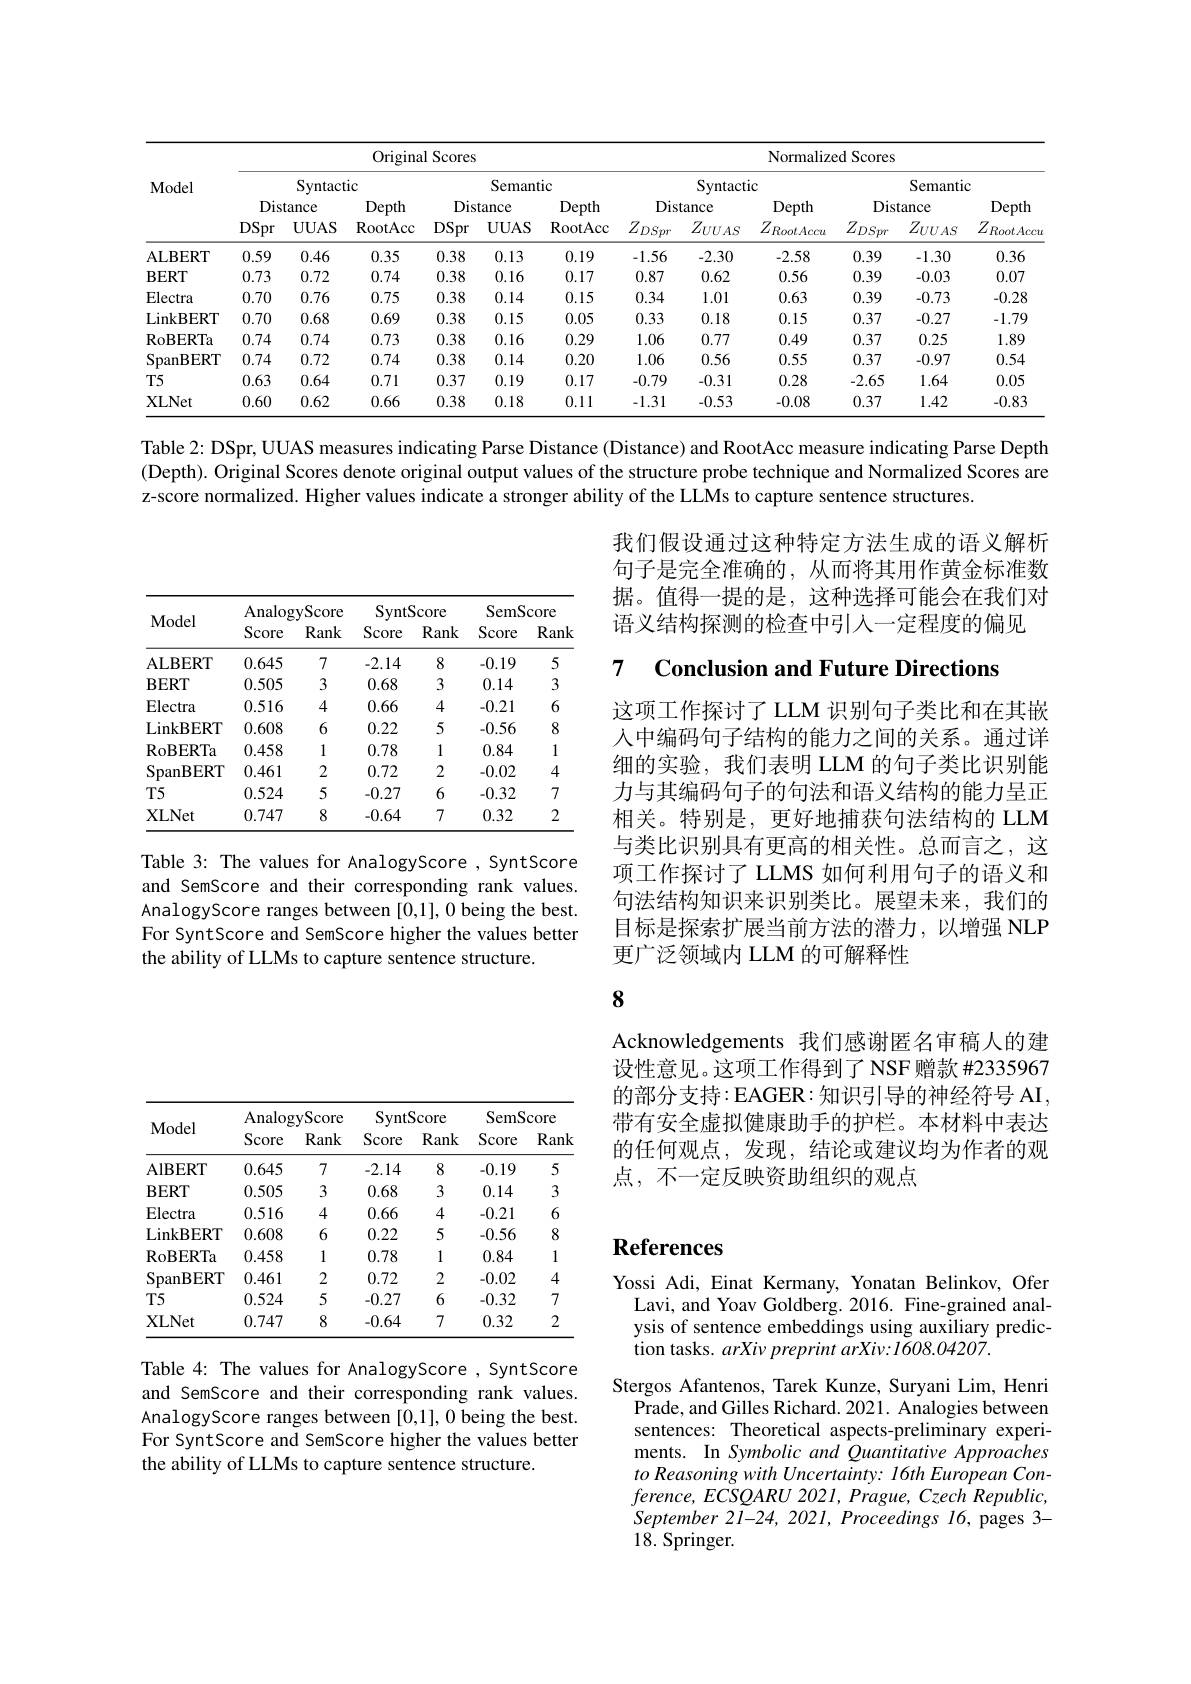
<table>
	<tbody>
		<tr>
			<th rowspan="4">Model</th>
			<th colspan="6">Original Scores</th>
			<th colspan="6">Normalized Scores</th>
		</tr>
		<tr>
			<th colspan="3">Syntactic</th>
			<th colspan="3">Semantic</th>
			<th> </th>
			<th>Syntacti</th>
			<th>ic</th>
			<th colspan="3">Semantic</th>
		</tr>
		<tr>
			<th colspan="2">Distance</th>
			<th>Depth</th>
			<th>Dis</th>
			<th>tance</th>
			<th rowspan="2">Depth RootAcc</th>
			<th>Dis</th>
			<th>tance</th>
			<th>Depth</th>
			<th colspan="2">Distance</th>
			<th rowspan="2">Depth $Z_{RootAccu}$</th>
		</tr>
		<tr>
			<th>DSpr</th>
			<th>$\mathbf{UUAS}$</th>
			<th>RootAcc</th>
			<th>DSpr</th>
			<th>$\mathbf{UUAS}$</th>
			<th>$Z_{DSpr}$</th>
			<th>$Z_{UUAS}$</th>
			<th>$Z_{RootAccu}$</th>
			<th>$Z_{DSpr}$</th>
			<th>$Z_{UUAS}$</th>
		</tr>
		<tr>
			<td>ALBERT</td>
			<td>0.59</td>
			<td>0.46</td>
			<td>0.35</td>
			<td>0.38</td>
			<td>0.13</td>
			<td>0.19</td>
			<td>-1.56</td>
			<td>-2.30</td>
			<td>-2.58</td>
			<td>0.39</td>
			<td>-1.30</td>
			<td>0.36</td>
		</tr>
		<tr>
			<td>$\mathbf{BERT}$</td>
			<td>0.73</td>
			<td>0.72</td>
			<td>0.74</td>
			<td>0.38</td>
			<td>0.16</td>
			<td>0.17</td>
			<td>0.87</td>
			<td>0.62</td>
			<td>0.56</td>
			<td>0.39</td>
			<td>-0.03</td>
			<td>0.07</td>
		</tr>
		<tr>
			<td>Electra</td>
			<td>0.70</td>
			<td>0.76</td>
			<td>0.75</td>
			<td>0.38</td>
			<td>0.14</td>
			<td>0.15</td>
			<td>0.34</td>
			<td>1.01</td>
			<td>0.63</td>
			<td>0.39</td>
			<td>-0.73</td>
			<td>-0.28</td>
		</tr>
		<tr>
			<td>LinkBERT</td>
			<td>0.70</td>
			<td>0.68</td>
			<td>0.69</td>
			<td>0.38</td>
			<td>0.15</td>
			<td>0.05</td>
			<td>0.33</td>
			<td>0.18</td>
			<td>0.15</td>
			<td>0.37</td>
			<td>-0.27</td>
			<td>-1.79</td>
		</tr>
		<tr>
			<td>RoBERTa</td>
			<td>0.74</td>
			<td>0.74</td>
			<td>0.73</td>
			<td>0.38</td>
			<td>0.16</td>
			<td>0.29</td>
			<td>1.06</td>
			<td>0.77</td>
			<td>0.49</td>
			<td>0.37</td>
			<td>0.25</td>
			<td>1.89</td>
		</tr>
		<tr>
			<td>SpanBERT</td>
			<td>0.74</td>
			<td>0.72</td>
			<td>0.74</td>
			<td>0.38</td>
			<td>0.14</td>
			<td>0.20</td>
			<td>1.06</td>
			<td>0.56</td>
			<td>0.55</td>
			<td>0.37</td>
			<td>-0.97</td>
			<td>0.54</td>
		</tr>
		<tr>
			<td>$T5$</td>
			<td>0.63</td>
			<td>0.64</td>
			<td>0.71</td>
			<td>0.37</td>
			<td>0.19</td>
			<td>0.17</td>
			<td>-0.79</td>
			<td>-0.31</td>
			<td>0.28</td>
			<td>-2.65</td>
			<td>1.64</td>
			<td>0.05</td>
		</tr>
		<tr>
			<td>XLNet</td>
			<td>0.60</td>
			<td>0.62</td>
			<td>0.66</td>
			<td>0.38</td>
			<td>0.18</td>
			<td>0.11</td>
			<td>-1.31</td>
			<td>-0.53</td>
			<td>-0.08</td>
			<td>0.37</td>
			<td>1.42</td>
			<td>-0.83</td>
		</tr>
	</tbody>
</table>

Table 2: DSpr, UUAS measures indicating Parse Distance (Distance) and RootAcc measure indicating Parse Depth (Depth). Original Scores denote original output values of the structure probe technique and Normalized Scores are z-score normalized. Higher values indicate a stronger ability of the LLMs to capture sentence structures.

我们假设通过这种特定方法生成的语义解析句子是完全准确的，从而将其用作黄金标准数据。值得一提的是，这种选择可能会在我们对语义结构探测的检查中引入一定程度的偏见

## 7 $\textbf{Conclusion and Future Directions}$

<table>
	<tbody>
		<tr>
			<th rowspan="2">Model</th>
			<th colspan="2">AnalogyScore</th>
			<th colspan="2">SyntScore</th>
			<th colspan="2">SemScore</th>
		</tr>
		<tr>
			<th>Score</th>
			<th>Rank</th>
			<th>Score</th>
			<th>Rank</th>
			<th>Score</th>
			<th>Rank</th>
		</tr>
		<tr>
			<td>ALBERT</td>
			<td>0.645</td>
			<td>7</td>
			<td>-2.14</td>
			<td>8</td>
			<td>-0.19</td>
			<td>5</td>
		</tr>
		<tr>
			<td>$\mathbf{BERT}$</td>
			<td>0.505</td>
			<td>3</td>
			<td>0.68</td>
			<td>3</td>
			<td>0.14</td>
			<td>3</td>
		</tr>
		<tr>
			<td>$\operatorname{Electra}$</td>
			<td>0.516</td>
			<td>4</td>
			<td>0.66</td>
			<td>4</td>
			<td>-0.21</td>
			<td>6</td>
		</tr>
		<tr>
			<td>LinkBERT</td>
			<td>0.608</td>
			<td>6</td>
			<td>0.22</td>
			<td>5</td>
			<td>-0.56</td>
			<td>8</td>
		</tr>
		<tr>
			<td>RoBERTa</td>
			<td>0.458</td>
			<td>1</td>
			<td>0.78</td>
			<td>1</td>
			<td>0.84</td>
			<td>1</td>
		</tr>
		<tr>
			<td>SpanBERT</td>
			<td>0.461</td>
			<td>2</td>
			<td>0.72</td>
			<td>2</td>
			<td>-0.02</td>
			<td>4</td>
		</tr>
		<tr>
			<td>$T5$</td>
			<td>0.524</td>
			<td>5</td>
			<td>-0.27</td>
			<td>6</td>
			<td>-0.32</td>
			<td>7</td>
		</tr>
		<tr>
			<td>XLNet</td>
			<td>0.747</td>
			<td>8</td>
			<td>-0.64</td>
			<td>7</td>
			<td>0.32</td>
			<td>2</td>
		</tr>
	</tbody>
</table>

这项工作探讨了 LLM 识别句子类比和在其嵌人中编码句子结构的能力之间的关系。通过详细的实验，我们表明 LLM 的句子类比识别能力与其编码句子的句法和语义结构的能力呈正相关。特别是，更好地捕获句法结构的 LLM 与类比识别具有更高的相关性。总而言之，这项工作探讨了 LLMS 如何利用句子的语义和句法结构知识来识别类比。展望未来，我们的目标是探索扩展当前方法的潜力，以增强 NLP 更广泛领域内 LLM 的可解释性

Table 3: The values for AnalogyScore , SyntScore and SemScore and their corresponding rank values. AnalogyScore ranges between [0,1], 0 being the best. For SyntScore and SemScore higher the values better the ability of LLMs to capture sentence structure.

8

Acknowledgements 我们感谢匿名审稿人的建设性意见。这项工作得到了 NSF 赠款 #2335967的部分支持：EAGER:知识引导的神经符号 AI, 带有安全虚拟健康助手的护栏。本材料中表达的任何观点，发现，结论或建议均为作者的观点，不一定反映资助组织的观点

<table>
	<tbody>
		<tr>
			<th rowspan="2">Model</th>
			<th colspan="2">AnalogyScore</th>
			<th colspan="2">SyntScore</th>
			<th colspan="2">SemScore</th>
		</tr>
		<tr>
			<th>Score</th>
			<th>Rank</th>
			<th>Score</th>
			<th>Rank</th>
			<th>Score</th>
			<th>Rank</th>
		</tr>
		<tr>
			<td>AlBERT</td>
			<td>0.645</td>
			<td>7</td>
			<td>-2.14</td>
			<td>8</td>
			<td>-0.19</td>
			<td>5</td>
		</tr>
		<tr>
			<td>$\mathbf{BERT}$</td>
			<td>0.505</td>
			<td>3</td>
			<td>0.68</td>
			<td>3</td>
			<td>0.14</td>
			<td>3</td>
		</tr>
		<tr>
			<td>$\operatorname{Electra}$</td>
			<td>0.516</td>
			<td>4</td>
			<td>0.66</td>
			<td>4</td>
			<td>-0.21</td>
			<td>6</td>
		</tr>
		<tr>
			<td>LinkBERT</td>
			<td>0.608</td>
			<td>6</td>
			<td>0.22</td>
			<td>5</td>
			<td>-0.56</td>
			<td>8</td>
		</tr>
		<tr>
			<td>$\operatorname{RoBERTa}$</td>
			<td>0.458</td>
			<td>1</td>
			<td>0.78</td>
			<td>1</td>
			<td>0.84</td>
			<td>1</td>
		</tr>
		<tr>
			<td>SpanBERT</td>
			<td>0.461</td>
			<td>2</td>
			<td>0.72</td>
			<td>2</td>
			<td>-0.02</td>
			<td>4</td>
		</tr>
		<tr>
			<td>$T5$</td>
			<td>0.524</td>
			<td>5</td>
			<td>-0.27</td>
			<td>6</td>
			<td>-0.32</td>
			<td>7</td>
		</tr>
		<tr>
			<td>XLNet</td>
			<td>0.747</td>
			<td>8</td>
			<td>-0.64</td>
			<td>7</td>
			<td>0.32</td>
			<td>2</td>
		</tr>
	</tbody>
</table>

# References

Yossi Adi, Einat Kermany, Yonatan Belinkov, Ofer
Lavi, and Yoav Goldberg. 2016. Fine-grained analysis of sentence embeddings using auxiliary prediction tasks. arXiv preprint arXiv: I608.04207.

Table 4: The values for AnalogyScore , SyntScore and SemScore and their corresponding rank values. AnalogyScore ranges between [0,1], 0 being the best. For SyntScore and SemScore higher the values better the ability of LLMs to capture sentence structure.

Stergos Afantenos, Tarek Kunze, Suryani Lim, Henri
Prade, and Gilles Richard. 2021. Analogies between sentences: Theoretical aspects-preliminary experiments. In Symbolic and Quantitative Approaches to Reasoning with Uncertainty: 16th European Con- $ference,ECSQARU2021,Prague,CzechRepublic$, September 21-24, 2021, Proceedings $l6$, pages 3- 18. Springer.